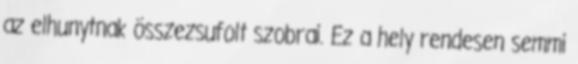
az elhunytnak összezsufolt szobrai. Ez a hely rendesen semmi